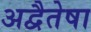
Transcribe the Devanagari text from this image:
अद्वैतेषा